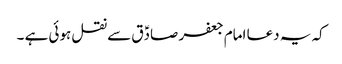
کہ یہ دعا امام جعفر صادؑق سے نقل ہوئی ہے ۔